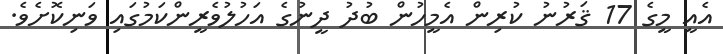
އެއީ މީގެ 17 ޤަރުނު ކުރިން އެމީހުން ބުދު ދީނުގެ އަހުލުވެރީންކަމުގައި ވަނިކޮށެވެ.